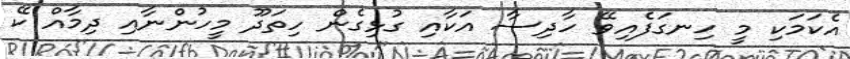
އެކަމަކި މީ ހިނގަފެއިވޭ ހާދިސާ އަކާއި ގުޅިގެން ހިތަދޫ މީހުންނާއި ދިމާއް ކޭ